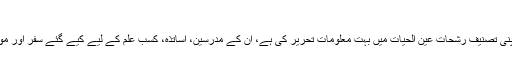
تحصیل علم[ترمیم]
مولانا جامی کی ابتدائی تعلیم کے متعلق صفی الدین علی نے اپنی تصنیف رشحات عین الحیات میں بہت معلومات تحریر کی ہے، اُن کے مدرسین، اُساتذہ، کسبِ علم کے لیے کیے گئے سفر اور مولانا جامی کے نبوغ و اِستعداد پر تفصیل سے جائزہ لکھا ہے۔